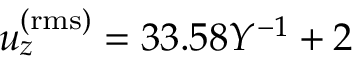
u _ { z } ^ { \mathrm { ( r m s ) } } = 3 3 . 5 8 Y ^ { - 1 } + 2